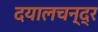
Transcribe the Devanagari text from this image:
दयालचन्द्र